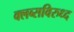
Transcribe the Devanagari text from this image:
क्लब्सविरुध्द